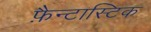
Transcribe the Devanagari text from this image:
फ़ैन्टास्टिक